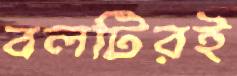
বলটিরই